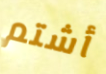
أشتم